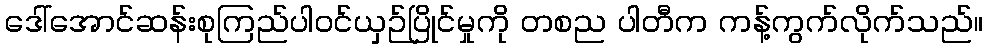
ဒေါ်အောင်ဆန်းစုကြည်ပါဝင်ယှဉ်ပြိုင်မှုကို တစည ပါတီက ကန့်ကွက်လိုက်သည်။